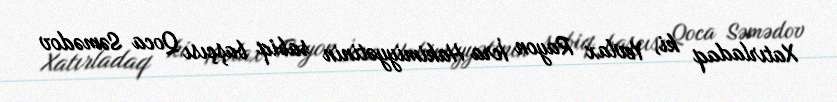
Xatırladaq ki, Yevlax Rayon İcra Hakimiyyətinin sabiq başçısı Qoca Səmədov